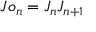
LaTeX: J o _ { n } = J _ { n } J _ { n + 1 }